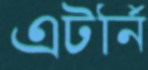
এটর্নি